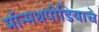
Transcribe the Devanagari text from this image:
मॉन्मथपीडियाचे